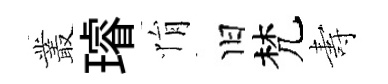
叢璿悁旧梵夀